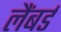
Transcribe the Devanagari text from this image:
लैंबर्ड